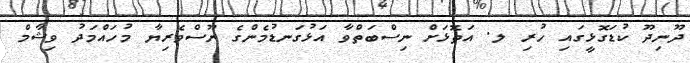
ދޫނިދޫ ކުޑަގޮޅީގައި ހުރި ލ. އަތޮޅަށް ނިސްބަތްވާ އަޅުގަނޑުމެންގެ ނޫސްވެރިޔާ މުހައްމަދު ވިޝާމް